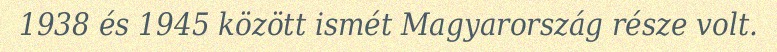
1938 és 1945 között ismét Magyarország része volt.